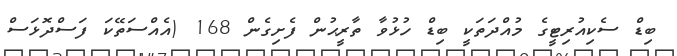
ބިޑް ސެކިއުރިޓީގެ މުއްދަތަކީ ބިޑް ހުޅުވާ ތާރީޙުން ފެށިގެން 168 (އެއްސަތޭކަ ފަސްދޮޅަސް